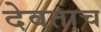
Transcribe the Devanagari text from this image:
देवताच